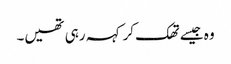
وہ جیسے تھک کر کہہ رہی تھیں۔